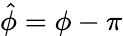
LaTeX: \hat{\phi}=\phi-\pi